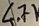
Text: 4.7K